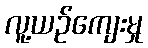
လူ့ယဉ်ကျေးမှု